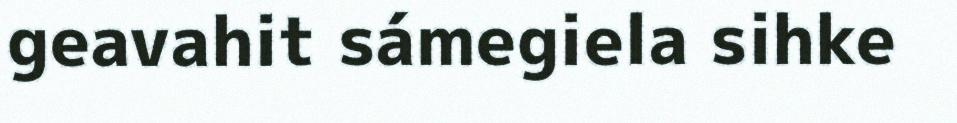
geavahit sámegiela sihke